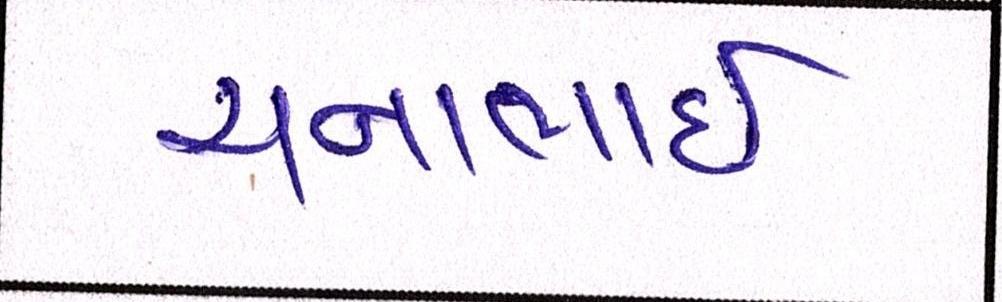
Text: ચનાભાઇ